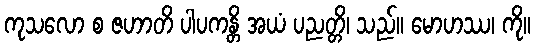
ကုသလော စ ဇဟာတိ ပါပကန္တိ အယံ ပညတ္တိ၊ သည်။ မောဟဿ၊ ကို။